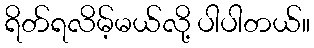
ရိတ်ရလိမ့်မယ်လို့ ပါပါတယ်။